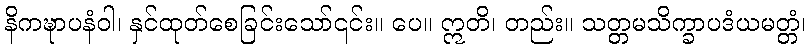
နိကဍ္ဎာပနံဝါ၊ နှင်ထုတ်စေခြင်းသော်၎င်း။ ပေ။ ဣတိ၊ တည်း။ သတ္တမသိက္ခာပဒံယမတ္တံ၊